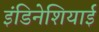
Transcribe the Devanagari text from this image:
इंडिनेशियाई